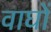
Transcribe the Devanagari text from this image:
वाघों